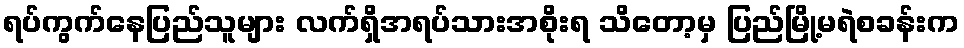
ရပ်ကွက်နေပြည်သူများ လက်ရှိအရပ်သားအစိုးရ သိတော့မှ ပြည်မြို့မရဲစခန်းက